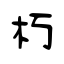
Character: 朽